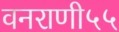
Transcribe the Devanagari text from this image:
वनराणी५५